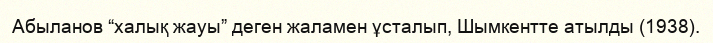
Абыланов “халық жауы” деген жаламен ұсталып, Шымкентте атылды (1938).